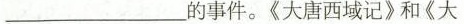
___的事件。《大唐西域记》和《大